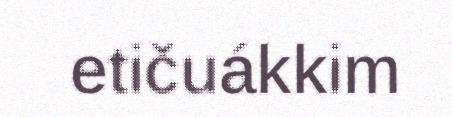
etičuákkim